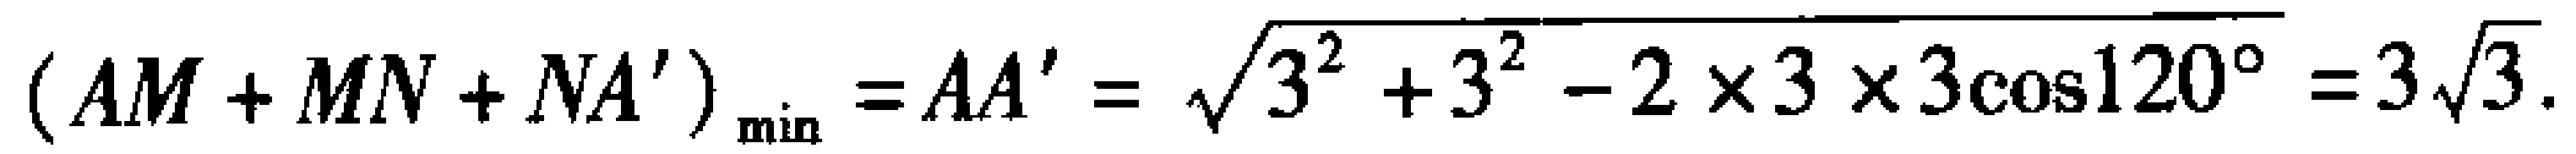
\((AM + MN + NA')_{\min}=AA'=\sqrt{3^{2}+3^{2}-2\times3\times3\cos120^{\circ}} = 3\sqrt{3}.\)